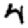
Digit: 4